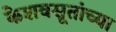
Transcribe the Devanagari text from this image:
केशवसूतांच्या